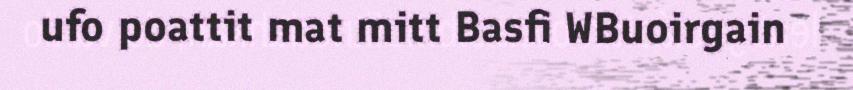
ufo poattit mat mitt Basfi WBuoirgain